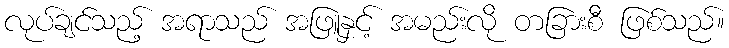
လုပ်ချင်သည့် အရာသည် အဖြူနှင့် အမည်းလို တခြားစီ ဖြစ်သည်။